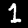
Label: 1